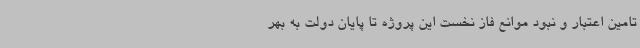
تامین اعتبار و نبود موانع فاز نخست این پروژه تا پایان دولت به بهر